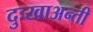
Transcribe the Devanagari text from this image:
दुःखाअन्ती